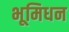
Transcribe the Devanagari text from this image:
भूमिधन